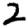
Digit: 2